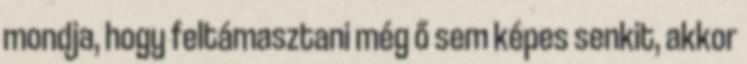
mondja, hogy feltámasztani még ő sem képes senkit, akkor